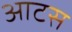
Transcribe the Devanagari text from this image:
आटस